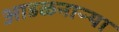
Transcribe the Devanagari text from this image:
आडळनाऱ्या